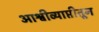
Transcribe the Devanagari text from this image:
आश्वीव्याप्तीतून